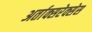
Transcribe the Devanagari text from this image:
अर्ताक्सरेक्सेस